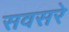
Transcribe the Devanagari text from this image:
सवसरे